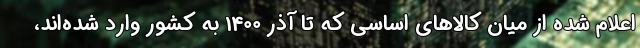
اعلام شده از میان کالاهای اساسی که تا آذر 1400 به کشور وارد شده‌اند،